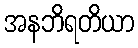
အနဘိရတိယာ